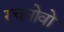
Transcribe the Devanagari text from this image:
रचनोवो